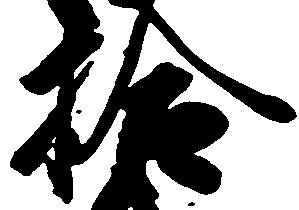
拾